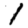
Digit: 1